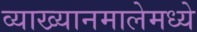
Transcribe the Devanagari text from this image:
व्याख्यानमालेमध्ये